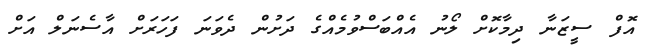
އޮފް ސީޒަނާ ދިމާކޮށް ލޯނު އެއްބަސްވުމެއްގެ ދަށުން ދެވަނަ ފަހަރަށް އާސެނަލް އަށް